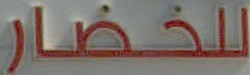
للخضار